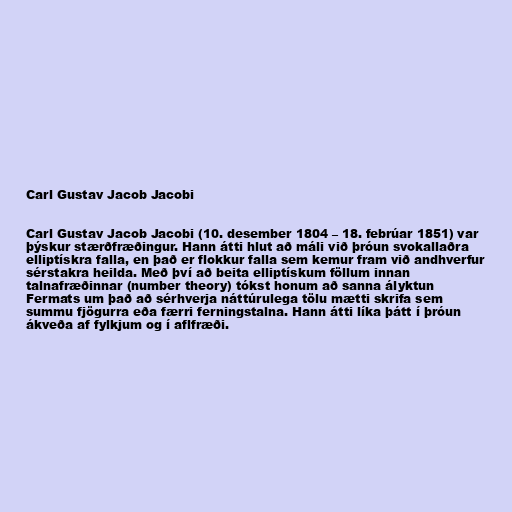
Carl Gustav Jacob Jacobi

Carl Gustav Jacob Jacobi (10. desember 1804 – 18. febrúar 1851) var
þýskur stærðfræðingur. Hann átti hlut að máli við þróun svokallaðra
elliptískra falla, en það er flokkur falla sem kemur fram við andhverfur
sérstakra heilda. Með því að beita elliptískum föllum innan
talnafræðinnar (number theory) tókst honum að sanna ályktun
Fermats um það að sérhverja náttúrulega tölu mætti skrifa sem
summu fjögurra eða færri ferningstalna. Hann átti líka þátt í þróun
ákveða af fylkjum og í aflfræði.